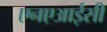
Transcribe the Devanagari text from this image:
एनएआईसी